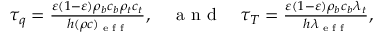
\begin{array} { r } { \tau _ { q } = \frac { \varepsilon ( 1 - \varepsilon ) \rho _ { b } c _ { b } \rho _ { t } c _ { t } } { h ( \rho c ) _ { \textrm { e f f } } } , \quad \textrm { a n d } \quad \tau _ { T } = \frac { \varepsilon ( 1 - \varepsilon ) \rho _ { b } c _ { b } \lambda _ { t } } { h \lambda _ { \textrm { e f f } } } , } \end{array}